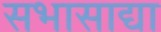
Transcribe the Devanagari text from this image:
सभासाद्या